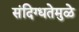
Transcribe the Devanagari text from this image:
संदिग्धतेमुळे